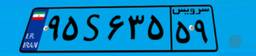
۳۵S۴۳۷۶۲